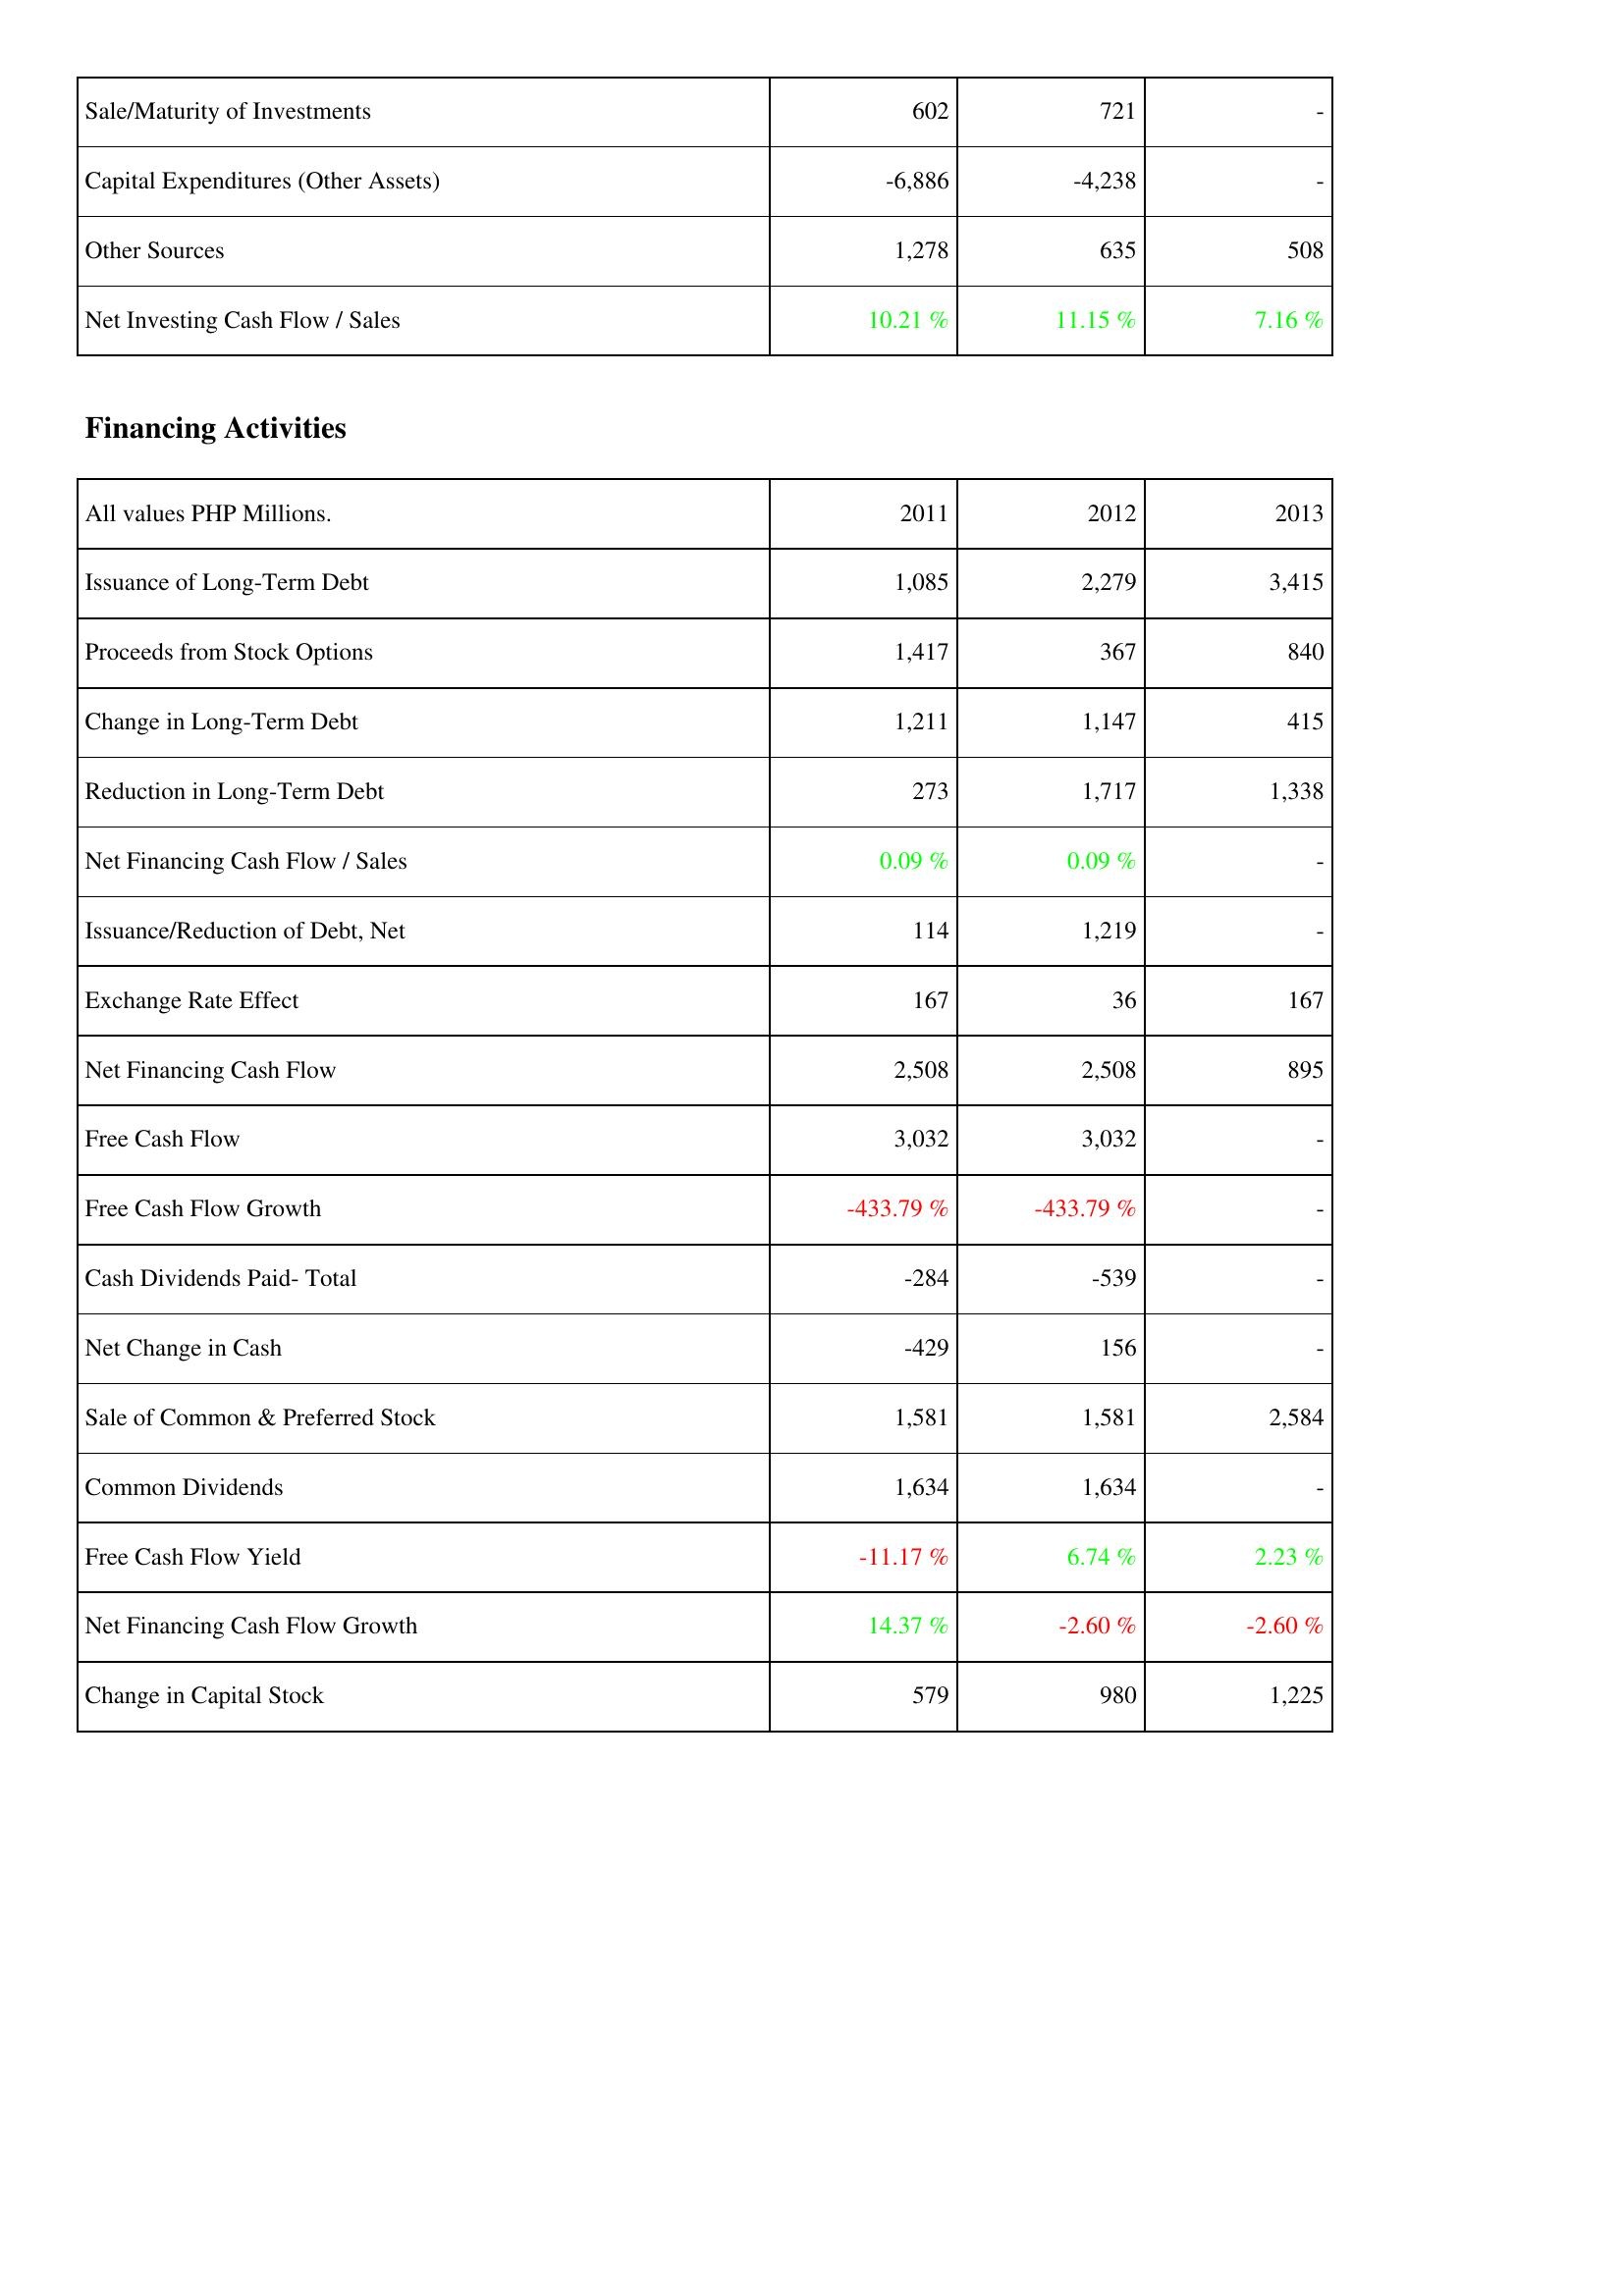
2011: Investing Activities: Sale/Maturity of Investments: 602
Capital Expenditures (Other Assets): -6,886
Other Sources: 1,278
Net Investing Cash Flow / Sales: 10.21 %
Financing Activities: Issuance of Long-Term Debt: 1,085
Proceeds from Stock Options: 1,417
Change in Long-Term Debt: 1,211
Reduction in Long-Term Debt: 273
Net Financing Cash Flow / Sales: 0.09 %
Issuance/Reduction of Debt, Net: 114
Exchange Rate Effect: 167
Net Financing Cash Flow: 2,508
Free Cash Flow: 3,032
Free Cash Flow Growth: -433.79 %
Cash Dividends Paid- Total: -284
Net Change in Cash: -429
Sale of Common & Preferred Stock: 1,581
Common Dividends: 1,634
Free Cash Flow Yield: -11.17 %
Net Financing Cash Flow Growth: 14.37 %
Change in Capital Stock: 579
2012: Investing Activities: Sale/Maturity of Investments: 721
Capital Expenditures (Other Assets): -4,238
Other Sources: 635
Net Investing Cash Flow / Sales: 11.15 %
Financing Activities: Issuance of Long-Term Debt: 2,279
Proceeds from Stock Options: 367
Change in Long-Term Debt: 1,147
Reduction in Long-Term Debt: 1,717
Net Financing Cash Flow / Sales: 0.09 %
Issuance/Reduction of Debt, Net: 1,219
Exchange Rate Effect: 36
Net Financing Cash Flow: 2,508
Free Cash Flow: 3,032
Free Cash Flow Growth: -433.79 %
Cash Dividends Paid- Total: -539
Net Change in Cash: 156
Sale of Common & Preferred Stock: 1,581
Common Dividends: 1,634
Free Cash Flow Yield: 6.74 %
Net Financing Cash Flow Growth: -2.60 %
Change in Capital Stock: 980
2013: Investing Activities: Sale/Maturity of Investments: -
Capital Expenditures (Other Assets): -
Other Sources: 508
Net Investing Cash Flow / Sales: 7.16 %
Financing Activities: Issuance of Long-Term Debt: 3,415
Proceeds from Stock Options: 840
Change in Long-Term Debt: 415
Reduction in Long-Term Debt: 1,338
Net Financing Cash Flow / Sales: -
Issuance/Reduction of Debt, Net: -
Exchange Rate Effect: 167
Net Financing Cash Flow: 895
Free Cash Flow: -
Free Cash Flow Growth: -
Cash Dividends Paid- Total: -
Net Change in Cash: -
Sale of Common & Preferred Stock: 2,584
Common Dividends: -
Free Cash Flow Yield: 2.23 %
Net Financing Cash Flow Growth: -2.60 %
Change in Capital Stock: 1,225